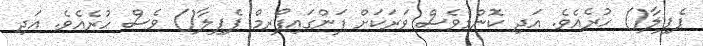
ޕެޕިލާ() ހުރެއެވެ. އަދި ކޮންމެވެސް ވަރަކަށް ފަންގައިފޯރމް ޕެޕިލާ() ވެސް ހުރެއެވެ. އަދި